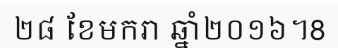
២៨ ខែមករា ឆ្នាំ២០១៦។8